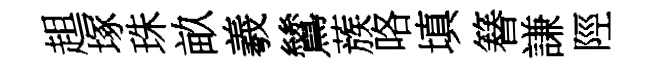
趄塚珠畝羲鷥蔟咯填簮謙陘